system: You are a helpful assistant.
user:
Analyze the provided spectrum to determine if it is a **"Cataclysmic Variables (CV)"**.

- **Key Indicators for CV (Check for either state):**
    - **State 1: Quiescent / Low-State (Emission-Dominated)**
        - **(Primary):** Strong and *very broad* Hydrogen Balmer emission lines (e.g., $H\alpha$ at 6563 Å, $H\beta$ at 4861 Å). The 'broadness' (high velocity dispersion, often FWHM > 1000 km/s) is the key diagnostic, indicating a high-velocity accretion disk.
        - **(Secondary):** Broad neutral Helium (He I) emission lines (e.g., 5876 Å, 6678 Å).
        - **(Key Confirmation):** Presence of high-excitation *ionized* Helium (He II) emission at 4686 Å. This is a strong indicator of accretion onto a white dwarf.
        - **(Line Profile):** Emission lines may exhibit a 'double-peaked' profile, which is a classic signature of a rotating accretion disk viewed at high inclination.

    - **State 2: Outburst / High-State (Absorption-Dominated)**
        - **(Primary):** Spectrum is dominated by a bright, blue continuum (looks like a hot star).
        - **(Secondary):** The emission lines from State 1 are weak, absent, or 'filled in', and are replaced by broad, shallow *absorption* lines (primarily Balmer and He I).
        - **(Morphology):** The overall spectrum mimics a hot B/A-type star. The crucial difference is that the absorption lines are significantly broader, shallower, and more 'washed-out' (or 'smeared') than the sharp lines of a normal stellar photosphere, due to high rotational speeds and pressure broadening in the disk.

Think first, call **spectral_visualization_tool** if needed to examine features in detail, then provide your final answer. Your response must adhere to the following strict rules:
1.  **Overall Structure:** Your response must follow the format `<think>...</think> <tool_call>...</tool_call> (if a tool is used) <answer>...</answer>`.
2.  **Tool Usage Constraint:** You may only make **one** tool call per turn.
3.  **Final Answer Format:** In the `<answer>` tag, your conclusion must be inside a `\boxed{}` command (e.g., `\boxed{YES}`), followed by your justification.

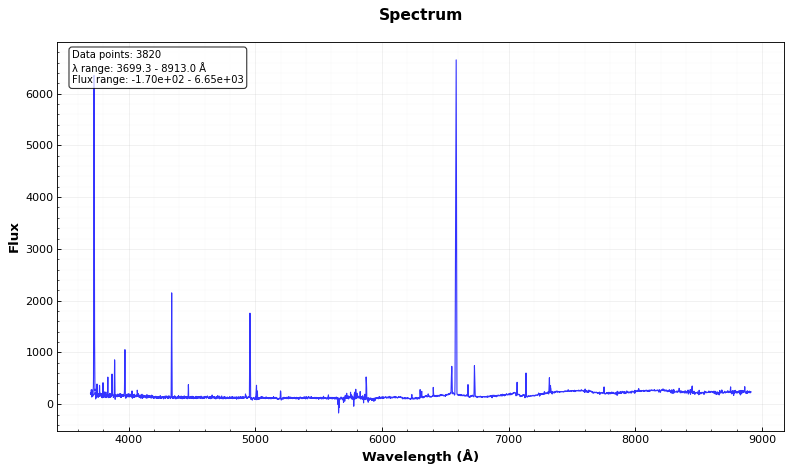
Answer: NO